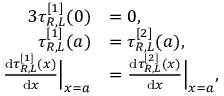
\begin{array} { r l } { { 3 } \tau _ { R , L } ^ { [ 1 ] } ( 0 ) } & { = 0 , } \\ { \tau _ { R , L } ^ { [ 1 ] } ( a ) } & { = \tau _ { R , L } ^ { [ 2 ] } ( a ) , } \\ { \frac { \mathrm { d } \tau _ { R , L } ^ { [ 1 ] } ( x ) } { \mathrm { d } x } \Big | _ { x = a } } & { = \frac { \mathrm { d } \tau _ { R , L } ^ { [ 2 ] } ( x ) } { \mathrm { d } x } \Big | _ { x = a } , } \end{array}